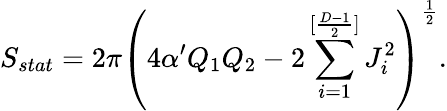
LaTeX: S_{stat}=2\pi\left(4\alpha^{\prime}Q_{1}Q_{2}-2\sum_{i=1}^{[{\frac{D-1}{2}}]}J_{i}^{2}\right)^{\frac{1}{2}}.